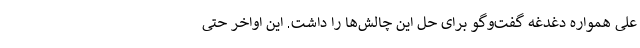
علی همواره دغدغه گفت‌وگو برای حل این چالش‌ها را داشت. این اواخر حتی